Vaccine operations Central Provinces & Berar 1922-1929 - 1922-1929
Year: 1922
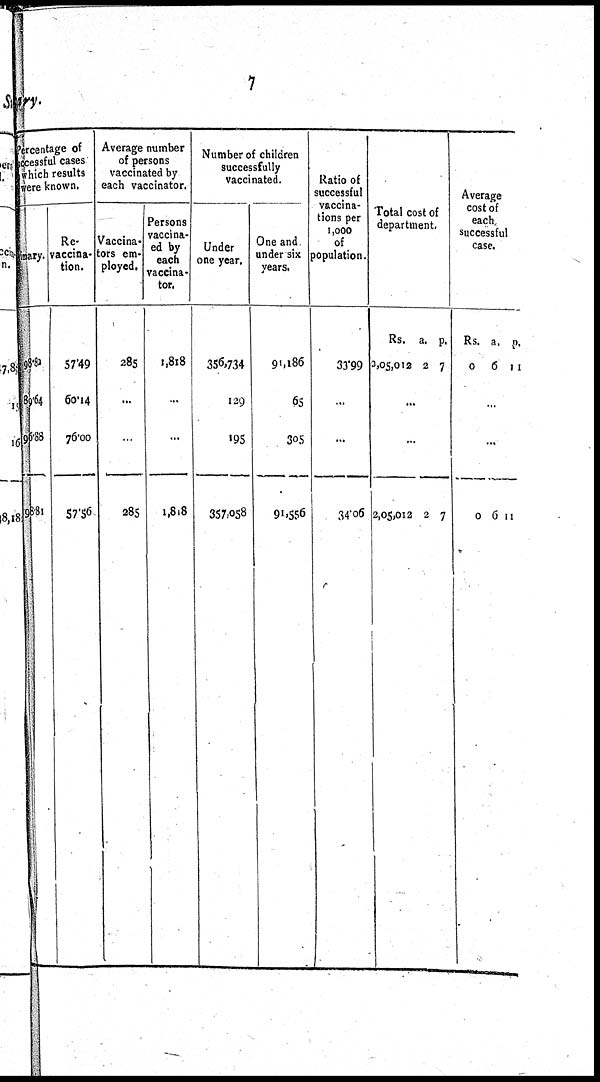
7
ary.
Percentage of
successful cases
which results
were known.
Primary.
98.83
89.64
96.88
98.81
Re¬
vaccina¬
tion.
57.49
60.14
76.00
57.56
Average number
of persons
vaccinated by
each vaccinator.
Vaccina¬
tors em¬
ployed.
285
...
...
285
Persons
vaccina¬
ed by
each
vaccina¬
tor.
1,818
...
...
1,818
Number of children
successfully
vaccinated.
Under
one year.
356,734
129
195
357,058
One and
under six
years.
91,186
65
305
91,556
Ratio of
successful
vaccina-
tions per
1,000
of
Population.
33.99
...
...
34.06
Total cost of
department.
Rs.
3,05,012
a.
2
p.
7
...
...
2,05,012 2 7
Average
cost of
each
successful
case.
Rs.
0
a.
6
p.
11
...
...
0 6 11